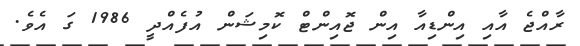
ރާއްޖެ އާއި އިންޑިއާ އިން ޖޮއިންޓް ކޮމިޝަން އުފެއްދީ 1986 ގަ އެވެ.